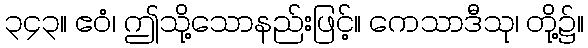
၃၄၃။ ဧဝံ၊ ဤသို့သောနည်းဖြင့်။ ကေသာဒီသု၊ တို့၌။